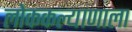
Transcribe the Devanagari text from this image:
लोककल्याणाला